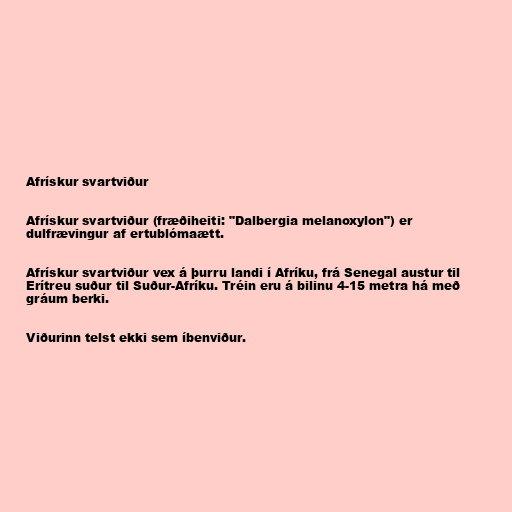
Afrískur svartviður

Afrískur svartviður (fræðiheiti: "Dalbergia melanoxylon") er
dulfrævingur af ertublómaætt.

Afrískur svartviður vex á þurru landi í Afríku, frá Senegal austur til
Erítreu suður til Suður-Afríku. Tréin eru á bilinu 4-15 metra há með
gráum berki.

Viðurinn telst ekki sem íbenviður.